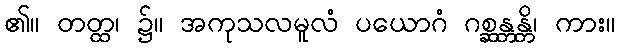
၏။ တတ္ထ၊ ၌။ အကုသလမူလံ ပယောဂံ ဂစ္ဆန္တန္တိ၊ ကား။